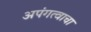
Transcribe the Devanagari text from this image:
अपंगत्वाचा